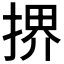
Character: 𫽜